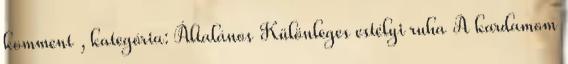
komment , kategória: Általános Különleges estélyi ruha A kardamom